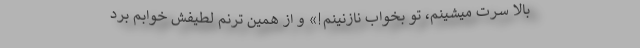
بالا سرت میشینم، تو بخواب نازنینم!» و از همین ترنم لطیفش خوابم برد